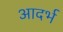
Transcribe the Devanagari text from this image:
आदर्भ